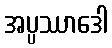
အပ္ပဿာဒေါ